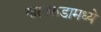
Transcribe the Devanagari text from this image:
गालफडामध्ये